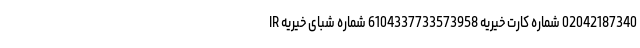
02042187340 شماره کارت خیریه 6104337733573958 شماره شبای خیریه IR